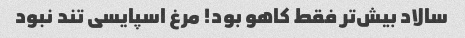
سالاد بیش‌تر فقط کاهو بود! مرغ اسپایسی تند نبود